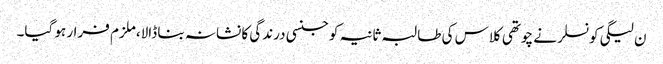
ن لیگی کونسلر نے چوتھی کلاس کی طالبہ ثانیہ کو جنسی درندگی کا نشانہ بنا ڈالا،ملزم فرار ہو گیا۔